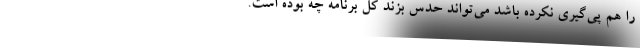
را هم پی‌گیری نکرده باشد می‌تواند حدس بزند کل برنامه چه بوده است.